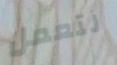
لتعمل